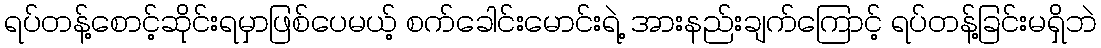
ရပ်တန့်စောင့်ဆိုင်းရမှာဖြစ်ပေမယ့် စက်ခေါင်းမောင်းရဲ့ အားနည်းချက်ကြောင့် ရပ်တန့်ခြင်းမရှိဘဲ